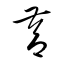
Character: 督